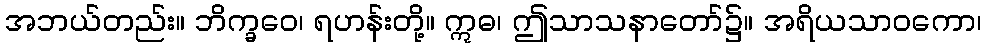
အဘယ်တည်း။ ဘိက္ခဝေ၊ ရဟန်းတို့။ ဣဓ၊ ဤသာသနာတော်၌။ အရိယသာဝကော၊